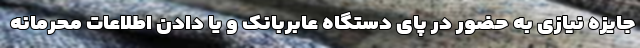
جایزه نیازی به حضور در پای دستگاه عابربانک و یا دادن اطلاعات محرمانه